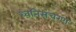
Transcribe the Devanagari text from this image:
ध्वनिसंचरण